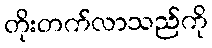
တိုးတက်လာသည်ကို